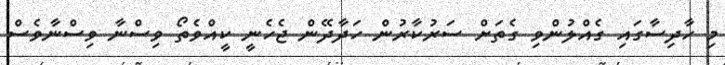
މި ހާދިސާގައި ގެއްލުންވި ގެތަށް ސަރުކާރުން ހަދާދޭން ޖެހެނީ ކީއްވެތޯ ވިސްނާ ވިސްނާވެސް